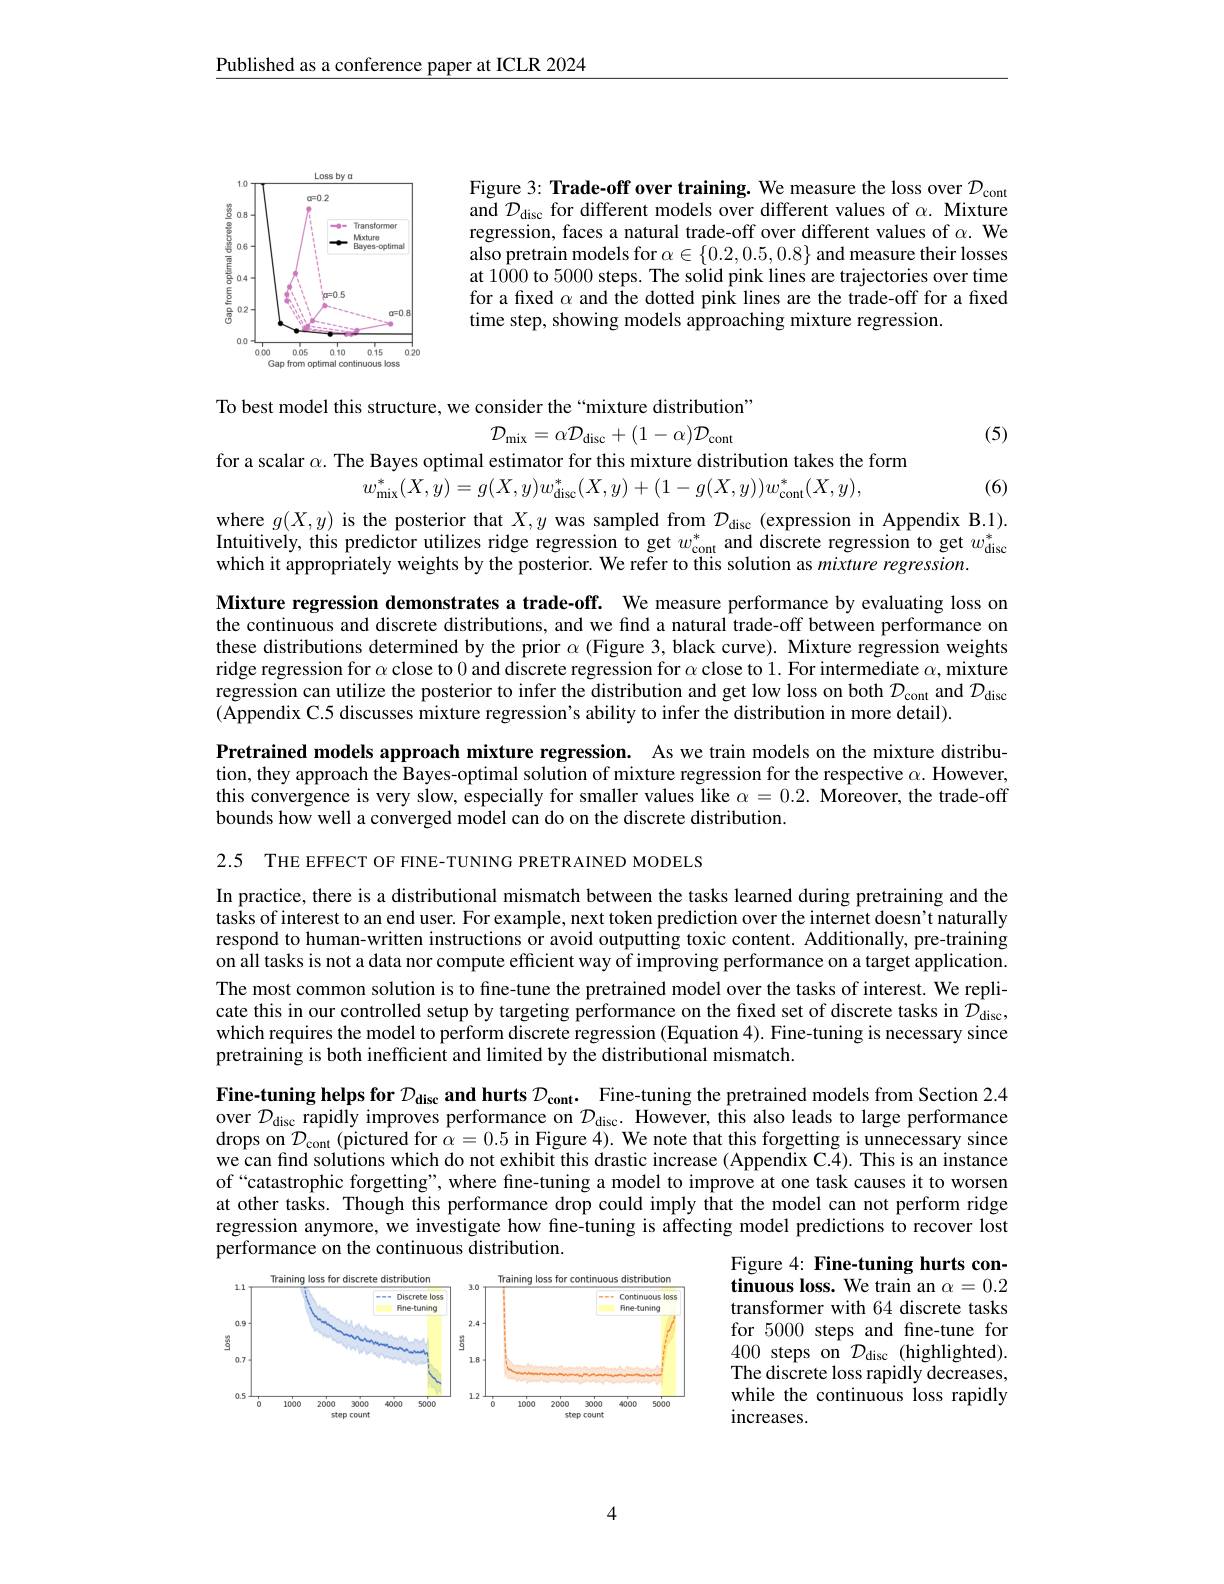
Published as a conference paper at ICLR 2024

Figure 3: Trade-off over training. We measure the loss over $\mathcal{D}_\mathrm{cont}$ and $\mathcal{D}_\mathrm{disc}$ for different models over different values of $\alpha.$ Mixture regression, faces a natural trade-off over different values of $\alpha.$ We also pretrain models for $\alpha\in\{0.2,0.5,0.8\}$ and measure their losses at 1000 to 5000 steps. The solid pink lines are trajectories over time for a fixed $\alpha$ and the dotted pink lines are the trade-off for a fixed time step, showing models approaching mixture regression.

<FigureHere>

(5)

To best model this structure, we consider the“mixture distribution”
$$\mathcal{D}_{\mathrm{mix}}=\alpha\mathcal{D}_{\mathrm{disc}}+(1-\alpha)\mathcal{D}_{\mathrm{cont}}$$
for a scalar $\alpha$. The Bayes optimal estimator for this mixture distribution takes the form
$$w_{\mathrm{mix}}^{*}(X,y)=g(X,y)w_{\mathrm{disc}}^{*}(X,y)+(1-g(X,y))w_{\mathrm{cont}}^{*}(X,y),$$
(6)

where $g(X,y)$ is the posterior that $X,y$ was sampled from $\mathcal{D}_\text{disc }($expression in Appendix B.1). Intuitively, this predictor utilizes ridge regression to get $w_\mathrm{cont}^*$ and discrete regression to get $w_\mathrm{disc}^*$ which it appropriately weights by the posterior. We refer to this solution as mixture regression

Mixture regression demonstrates a trade-off. We measure performance by evaluating loss on the continuous and discrete distributions, and we find a natural trade-off between performance on these distributions determined by the prior $\alpha$ (Figure 3, black curve). Mixture regression weights ridge regression for $\alpha$ close to 0 and discrete regression for $\alpha$ close to 1. For intermediate $\alpha$, mixture regression can utilize the posterior to infer the distribution and get low loss on both $\mathcal{D}_\mathrm{cont}$ and $\mathcal{D}_\mathrm{disc}$ (Appendix C.5 discusses mixture regression's ability to infer the distribution in more detail).
Pretrained models approach mixture regression. As we train models on the mixture distribution, they approach the Bayes-optimal solution of mixture regression for the respective $\alpha.$ However, this convergence is very slow, especially for smaller values like $\alpha=0.2.$ Moreover, the trade-off bounds how well a converged model can do on the discrete distribution.

2.5 THE EFFECT OF FINE-TUNING PRETRAINED MODELS

In practice, there is a distributional mismatch between the tasks learned during pretraining and the tasks of interest to an end user. For example, next token prediction over the internet doesn't naturally respond to human-written instructions or avoid outputting toxic content. Additionally, pre-training on all tasks is not a data nor compute efficient way of improving performance on a target application. The most common solution is to fine-tune the pretrained model over the tasks of interest. We replicate this in our controlled setup by targeting performance on the fixed set of discrete tasks in $\mathcal{D}_{\mathrm{disc}}$, which requires the model to perform discrete regression (Equation 4). Fine-tuning is necessary since pretraining is both inefficient and limited by the distributional mismatch.

Fine-tuning helps for $\mathcal{D}_\mathrm{disc}$ and hurts $\mathcal{D} _\mathrm{cont}.$ Fine-tuning the pretrained models from Section 2.4 over $\mathcal{D}_\mathrm{disc}$ rapidly improves performance on $\mathcal{D}_\mathrm{disc}.$ However, this also leads to large performance drops on $\mathcal{D}_{\mathrm{cont}}($pictured for $\alpha=0.5$ in Figure 4). We note that this forgetting is unnecessary since we can find solutions which do not exhibit this drastic increase (Appendix C.4). This is an instance of“catastrophic forgetting”, where fine-tuning a model to improve at one task causes it to worsen at other tasks. Though this performance drop could imply that the model can not perform ridge regression anymore, we investigate how fine-tuning is affecting model predictions to recover lost performance on the continuous distribution.
Figure 4: Fine-tuning hurts con-

tinuous loss. We train an $\alpha=0.2$ transformer with 64 discrete tasks for 5000 steps and fine-tune for 400 steps on $\mathcal{D}_\mathrm{disc}$ (highlighted). $\hat{\text{The discrete loss rapidly decreases,}}$ while the continuous loss rapidly increases.

<FigureHere>